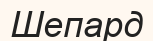
Шепард